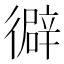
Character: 𢕾